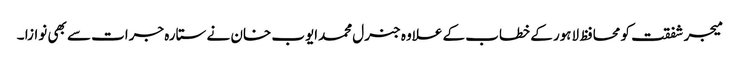
میجر شفقت کو محافظ لاہور کے خطاب کے علاوہ جنرل محمدایوب خان نے ستارہ جرات سے بھی نوازا ۔